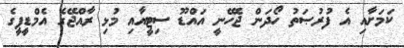
ކަމަށާއި އެ ފުރުޞަތު ހޯދަން ޖެހޭނީ އައްޑޫ ސިޓީއާއި މުޅި ރާއްޖޭގެ އެމްޑީޕީގެ